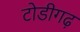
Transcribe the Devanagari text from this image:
टोडीगढ़